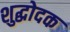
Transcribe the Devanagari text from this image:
शुद्धोदक